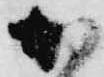
加